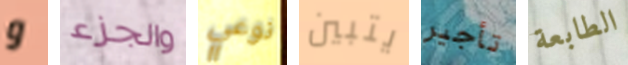
و والجزء نوعي يتبين تأجير الطابعة